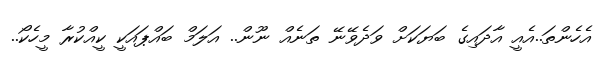
އެހެެެންތަ..އެއީ އާދައިގެ ބަޔަކަށް ވަދެވޭނޭ ތަނެއް ނޫން.. އަލަމް ބައްޕައަކީ ކީއްކުރާ މީހެކޯ..